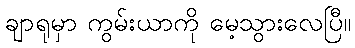
ချာရုမှာ ကွမ်းယာကို မေ့သွားလေပြီ။